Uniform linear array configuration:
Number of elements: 8
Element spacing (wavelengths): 0.5
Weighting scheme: kaiser
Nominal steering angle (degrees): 60
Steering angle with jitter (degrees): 58.554
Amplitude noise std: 0.05
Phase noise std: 0.05

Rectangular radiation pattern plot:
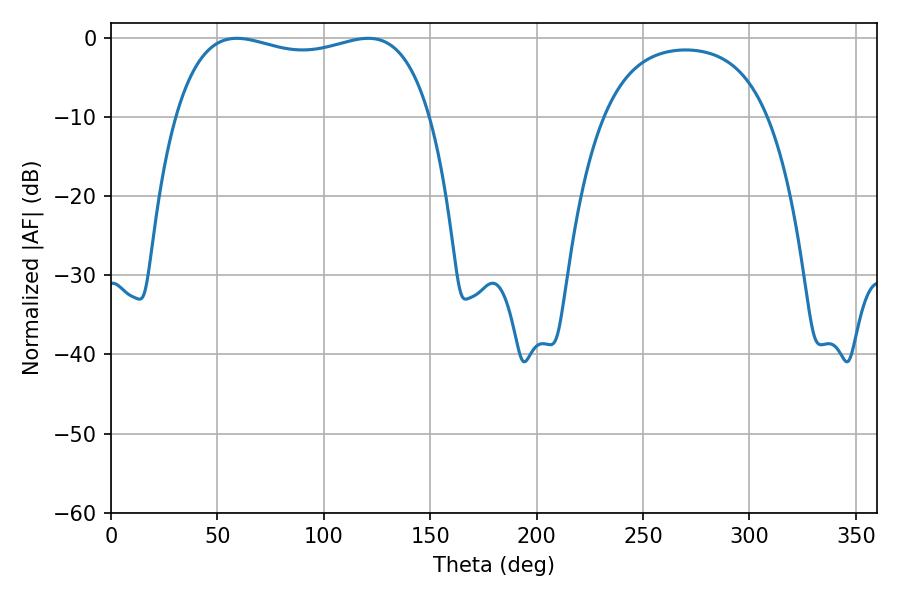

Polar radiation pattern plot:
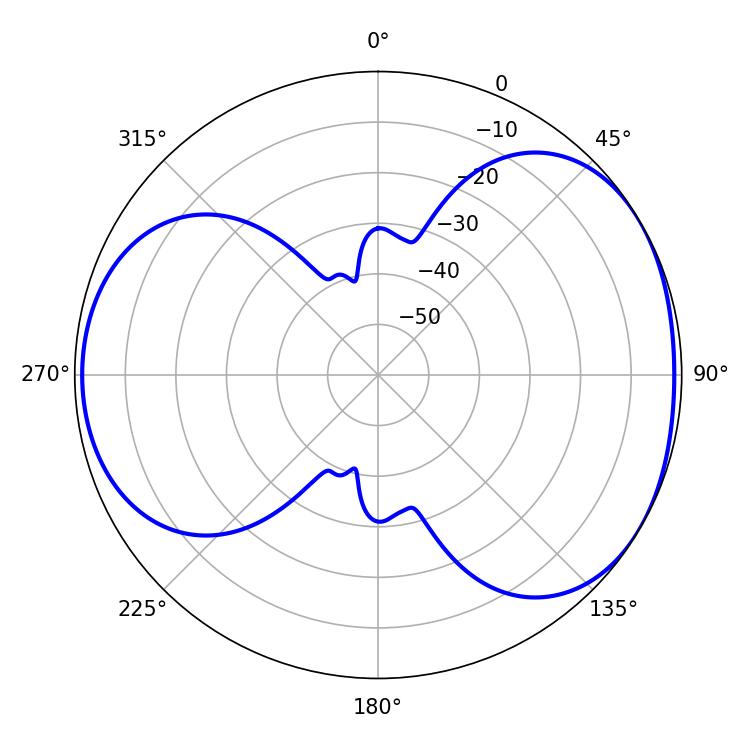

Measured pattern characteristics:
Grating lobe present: FALSE
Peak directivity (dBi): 4.485
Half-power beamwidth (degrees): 97.56
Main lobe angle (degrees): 59.04